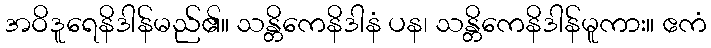
အဝိဒူရေနိဒါန်မည်၏။ သန္တိကေနိဒါနံ ပန၊ သန္တိကေနိဒါန်မူကား။ ဧကံ